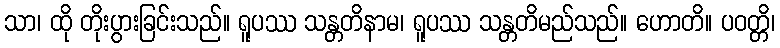
သာ၊ ထို တိုးပွားခြင်းသည်။ ရူပဿ သန္တတိနာမ၊ ရူပဿ သန္တတိမည်သည်။ ဟောတိ။ ပဝတ္တိ၊